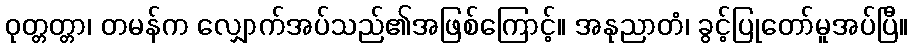
ဝုတ္တတ္တာ၊ တမန်က လျှောက်အပ်သည်၏အဖြစ်ကြောင့်။ အနုညာတံ၊ ခွင့်ပြုတော်မူအပ်ပြီ။